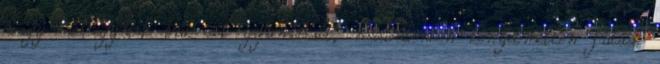
vagy ne együnk túl sok gyümölcsöt, máskülönben kényelmetlen futást